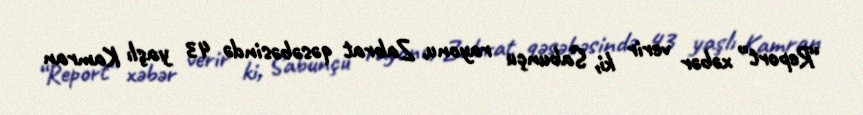
“Report” xəbər verir ki, Sabunçu rayonu, Zabrat qəsəbəsində 43 yaşlı Kamran